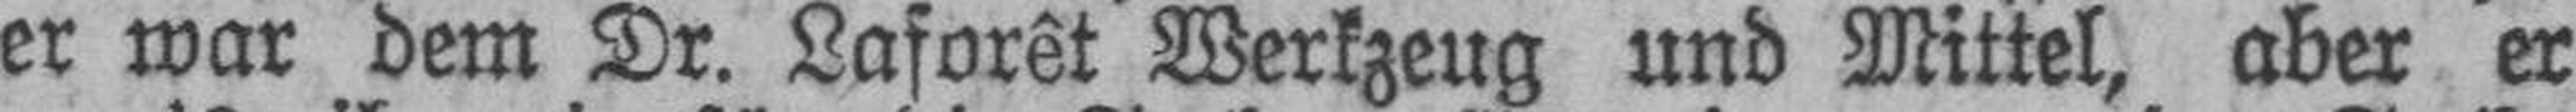
er war dem Dr. Laforêt Werkzeug und Mittel, aber er